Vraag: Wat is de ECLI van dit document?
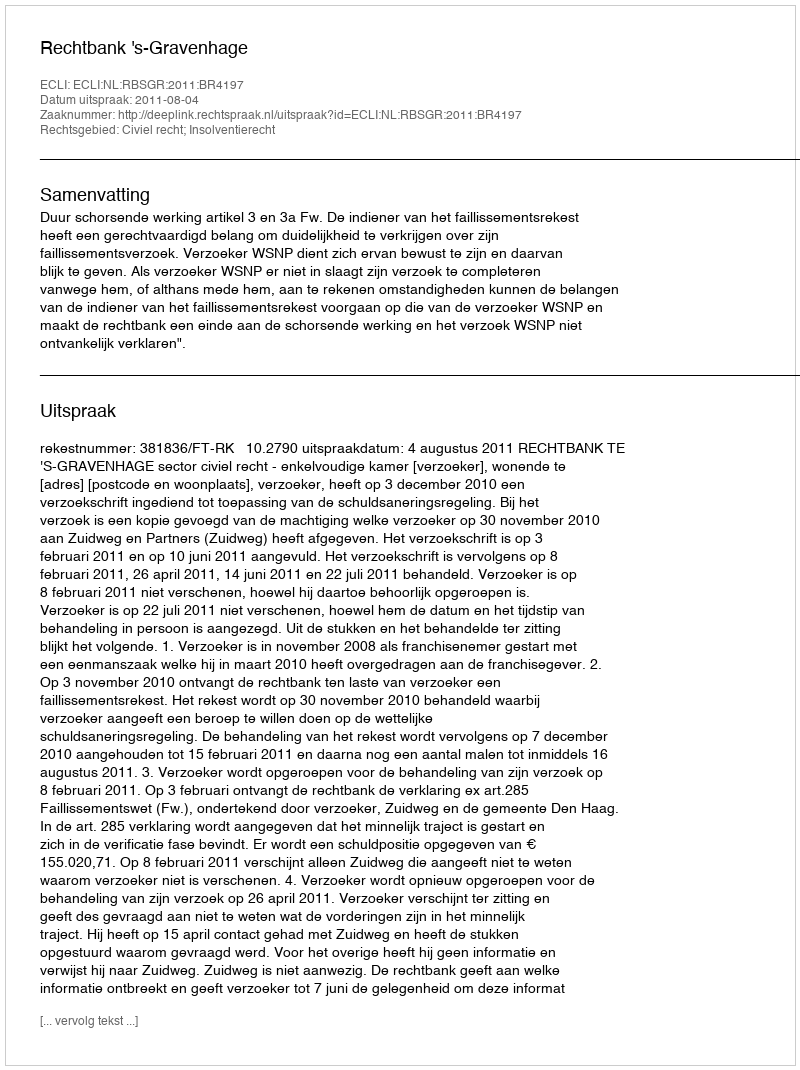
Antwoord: ECLI:NL:RBSGR:2011:BR4197